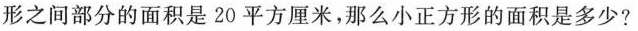
形之间部分的面积是20平方厘米，那么小正方形的面积是多少?